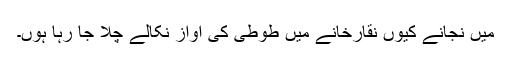
میں نجانے کیوں نقارخانے میں طوطی کی آواز نکالے چلا جا رہا ہوں۔